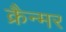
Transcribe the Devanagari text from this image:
क्रैन्मर